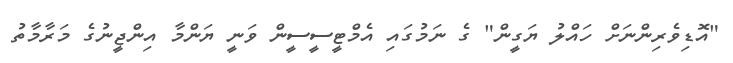
"އޮޑިވެރިންނަށް ހައްލު ޔަގީން" ގެ ނަމުގައި އެމްޓީސީސީން ވަނީ ޔަންމާ އިންޖީނުގެ މަރާމާތު